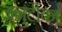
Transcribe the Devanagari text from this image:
अनुटीका